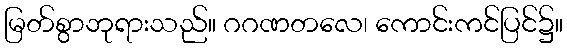
မြတ်စွာဘုရားသည်။ ဂဂဏတလေ၊ ကောင်းကင်ပြင်၌။